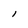
Character: 1